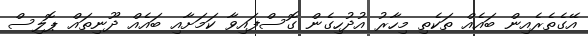
އޭގެތެރެއިން ބައެއް ތަކެތި މިހާރު އުދުހިގެން ގޮސްފައިވާ ކަމަށާއި ބައެއް ދޫނިތައް ޕޮލިސް